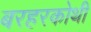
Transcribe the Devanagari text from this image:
बरहरकोथी